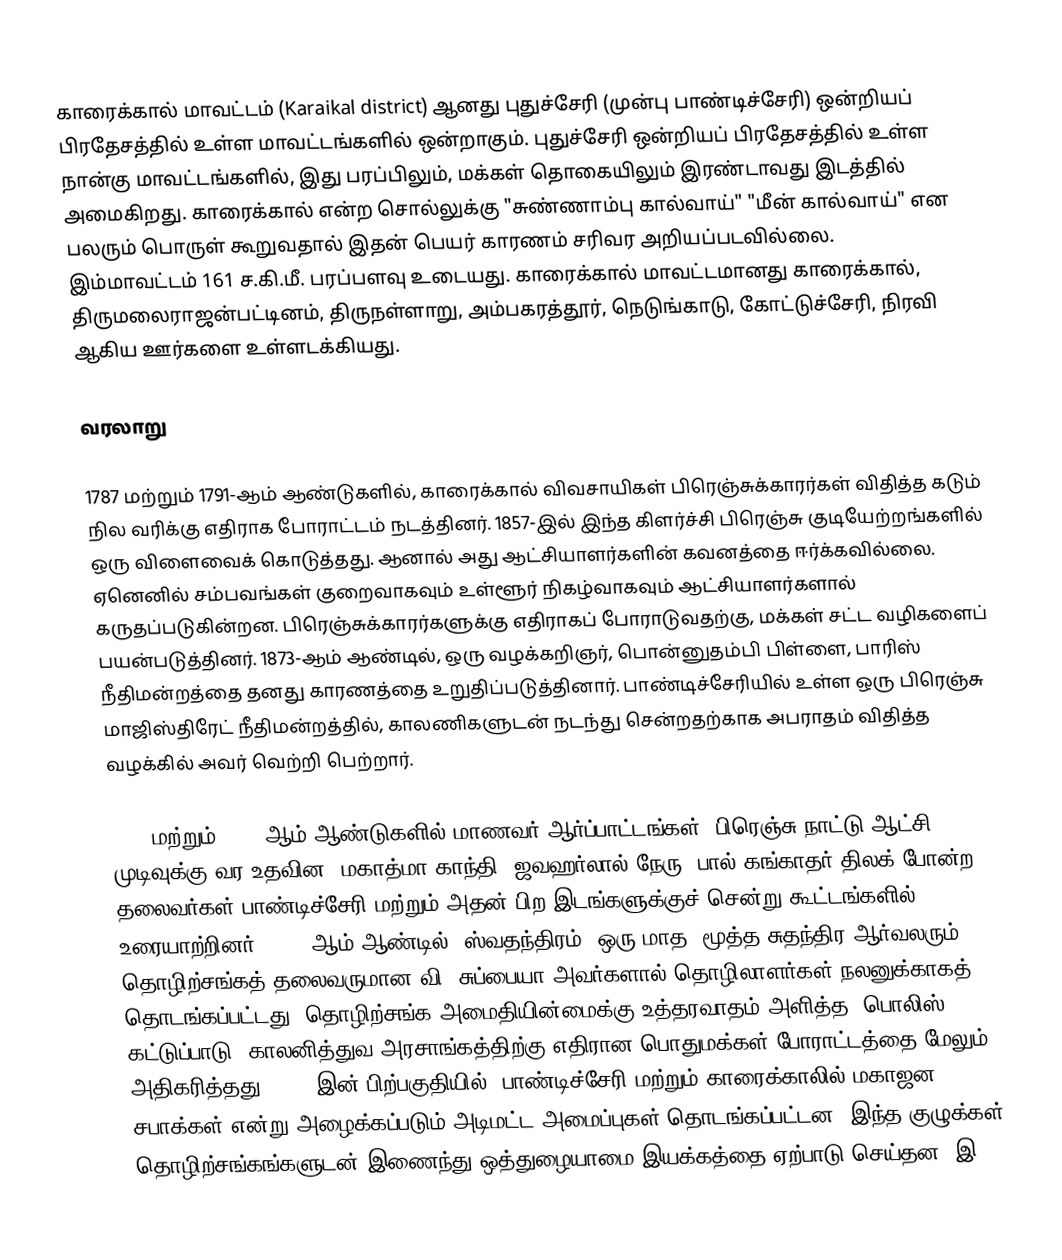
காரைக்கால் மாவட்டம் (Karaikal district) ஆனது புதுச்சேரி (முன்பு பாண்டிச்சேரி) ஒன்றியப் பிரதேசத்தில் உள்ள மாவட்டங்களில் ஒன்றாகும். புதுச்சேரி ஒன்றியப் பிரதேசத்தில் உள்ள நான்கு மாவட்டங்களில், இது பரப்பிலும், மக்கள் தொகையிலும் இரண்டாவது இடத்தில் அமைகிறது. காரைக்கால் என்ற சொல்லுக்கு "சுண்ணாம்பு கால்வாய்" "மீன் கால்வாய்" என பலரும் பொருள் கூறுவதால் இதன் பெயர் காரணம் சரிவர அறியப்படவில்லை. இம்மாவட்டம் 161 ச.கி.மீ. பரப்பளவு உடையது. காரைக்கால் மாவட்டமானது காரைக்கால், திருமலைராஜன்பட்டினம், திருநள்ளாறு, அம்பகரத்தூர், நெடுங்காடு, கோட்டுச்சேரி, நிரவி ஆகிய ஊர்களை உள்ளடக்கியது.

வரலாறு

1787 மற்றும் 1791-ஆம் ஆண்டுகளில், காரைக்கால் விவசாயிகள் பிரெஞ்சுக்காரர்கள் விதித்த கடும் நில வரிக்கு எதிராக போராட்டம் நடத்தினர். 1857-இல் இந்த கிளர்ச்சி பிரெஞ்சு குடியேற்றங்களில் ஒரு விளைவைக் கொடுத்தது. ஆனால் அது ஆட்சியாளர்களின் கவனத்தை ஈர்க்கவில்லை. ஏனெனில் சம்பவங்கள் குறைவாகவும் உள்ளூர் நிகழ்வாகவும் ஆட்சியாளர்களால் கருதப்படுகின்றன. பிரெஞ்சுக்காரர்களுக்கு எதிராகப் போராடுவதற்கு, மக்கள் சட்ட வழிகளைப் பயன்படுத்தினர். 1873-ஆம் ஆண்டில், ஒரு வழக்கறிஞர், பொன்னுதம்பி பிள்ளை, பாரிஸ் நீதிமன்றத்தை தனது காரணத்தை உறுதிப்படுத்தினார். பாண்டிச்சேரியில் உள்ள ஒரு பிரெஞ்சு மாஜிஸ்திரேட் நீதிமன்றத்தில், காலணிகளுடன் நடந்து சென்றதற்காக அபராதம் விதித்த வழக்கில் அவர் வெற்றி பெற்றார்.

1927 மற்றும் 1930-ஆம் ஆண்டுகளில் மாணவர் ஆர்ப்பாட்டங்கள், பிரெஞ்சு நாட்டு ஆட்சி முடிவுக்கு வர உதவின. மகாத்மா காந்தி, ஜவஹர்லால் நேரு, பால் கங்காதர் திலக் போன்ற தலைவர்கள் பாண்டிச்சேரி மற்றும் அதன் பிற இடங்களுக்குச் சென்று கூட்டங்களில் உரையாற்றினர். 1934-ஆம் ஆண்டில், ஸ்வதந்திரம், ஒரு மாத, மூத்த சுதந்திர ஆர்வலரும், தொழிற்சங்கத் தலைவருமான வி. சுப்பையா அவர்களால் தொழிலாளர்கள் நலனுக்காகத் தொடங்கப்பட்டது. தொழிற்சங்க அமைதியின்மைக்கு உத்தரவாதம் அளித்த, பொலிஸ் கட்டுப்பாடு, காலனித்துவ அரசாங்கத்திற்கு எதிரான பொதுமக்கள் போராட்டத்தை மேலும் அதிகரித்தது. 1930-இன் பிற்பகுதியில், பாண்டிச்சேரி மற்றும் காரைக்காலில் மகாஜன சபாக்கள் என்று அழைக்கப்படும் அடிமட்ட அமைப்புகள் தொடங்கப்பட்டன. இந்த குழுக்கள், தொழிற்சங்கங்களுடன் இணைந்து ஒத்துழையாமை இயக்கத்தை ஏற்பாடு செய்தன. இ